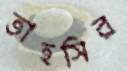
তাহসির